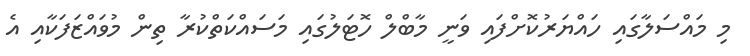
މި މައްސަލާގައި ހައްޔަރުކޮށްފައި ވަނީ މާބްލް ހޮޓަލުގައި މަސައްކަތްކުރާ ތިން މުވައްޒަފަކާއި އެ